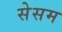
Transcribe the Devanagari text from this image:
सेसम